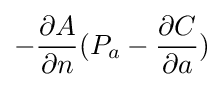
-{\frac {\partial A}{\partial n}}(P_{a}-{\frac {\partial C}{\partial a}})